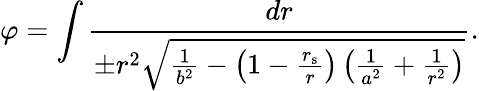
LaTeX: \varphi=\int{\frac{dr}{\pm r^{2}{\sqrt{{\frac{1}{b^{2}}}-\left(1-{\frac{r_{\mathrm{{s}}}}{r}}\right)\left({\frac{1}{a^{2}}}+{\frac{1}{r^{2}}}\right)}}}}.